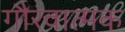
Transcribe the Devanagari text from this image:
गौरवात्मक